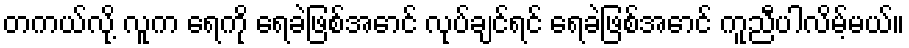
တကယ်လို့ လူက ရေကို ရေခဲဖြစ်အောင် လုပ်ချင်ရင် ရေခဲဖြစ်အောင် ကူညီပါလိမ့်မယ်။